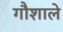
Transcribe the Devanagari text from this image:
गौशाले